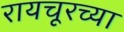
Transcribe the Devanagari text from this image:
रायचूरच्या